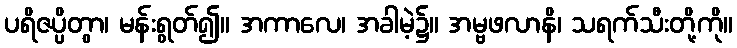
ပရိဇပ္ပိတွာ၊ မန်းရွတ်၍။ အကာလေ၊ အခါမဲ့၌။ အမ္ဗဖလာနိ၊ သရက်သီးတို့ကို။